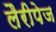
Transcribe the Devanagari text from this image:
लैरीपेज